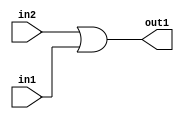
`timescale 1ps / 1ps
/*****************************************************************************
    Verilog RTL Description
    
    
    Created by: Stratus DpOpt 2019.1.01 
*******************************************************************************/

module st_weight_addr_gen_Or_1Ux1U_1U_4_11 (
	in2,
	in1,
	out1
	); /* architecture "behavioural" */ 
input  in2,
	in1;
output  out1;
wire  asc001;

assign asc001 = 
	(in2)
	|(in1);

assign out1 = asc001;
endmodule

/* CADENCE  urfwQgA= : u9/ySgnWtBlWxVPRXgAZ4Og= ** DO NOT EDIT THIS LINE ******/